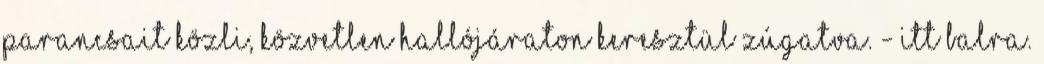
parancsait közli, közvetlen hallójáraton keresztül zúgatva. - Itt balra.